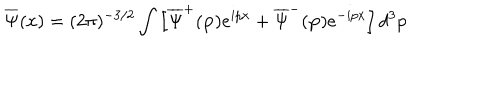
\overline { { { \Psi } } } ( x ) = ( 2 \pi ) ^ { - 3 / 2 } \int \left[ \overline { { { \Psi } } } ^ { + } ( \mathbf { p } ) e ^ { i p x } + \overline { { { \Psi } } } ^ { - } ( \mathbf { p } ) e ^ { - i p x } \right] d ^ { 3 } p